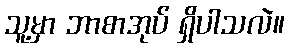
သူ့မှာ ဘာစာအုပ် ရှိပါသလဲ။